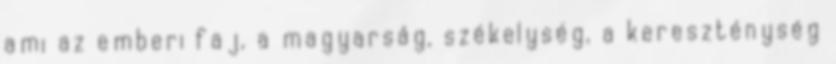
ami az emberi faj, a magyarság, székelység, a kereszténység